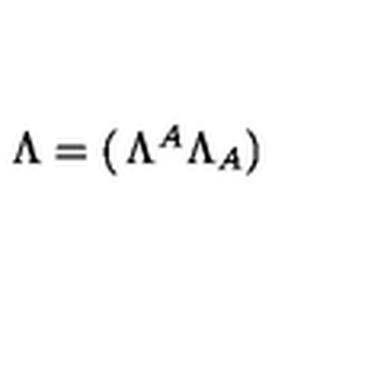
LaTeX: \Lambda = \left( \begin{matrix} { \Lambda ^ { A } } \\ { \Lambda _ { A } } \\ \end{matrix} \right)